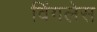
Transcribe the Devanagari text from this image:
विंगलेस